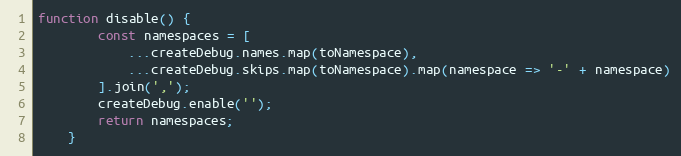
Language: JavaScript
function disable() {
		const namespaces = [
			...createDebug.names.map(toNamespace),
			...createDebug.skips.map(toNamespace).map(namespace => '-' + namespace)
		].join(',');
		createDebug.enable('');
		return namespaces;
	}